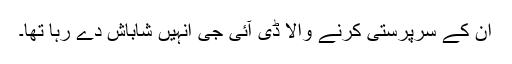
ان کے سرپرستی کرنے والا ڈی آئی جی انہیں شاباش دے رہا تھا۔